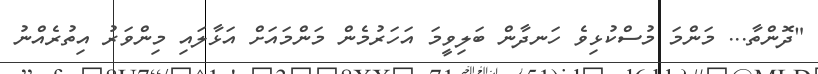
"ދޮންތާ... މަންމަ މުސްކުޅިވެ ހަނދާން ބަލިވީމަ އަހަރުމެން މަންމައަށް އަޅާލައި މިންވަރު އިތުރެއްނު